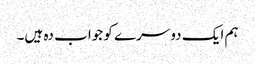
ہم ایک دوسرے کو جواب دہ ہیں۔